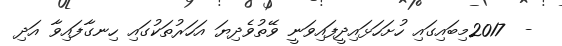
-  2017މިބައިގައި ހުށަހަޅައިދީފައިވަނީ ވޭތުވެދިޔަ އަހަރުތަކުގައި ހިނގާފައިވާ އަދި